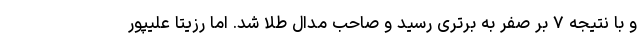
و با نتیجه ۷ بر صفر به برتری رسید و صاحب مدال طلا شد. اما رزیتا علیپور